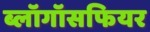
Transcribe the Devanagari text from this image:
ब्लॉगॉसफियर